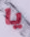
يا